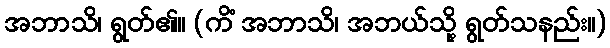
အဘာသိ၊ ရွတ်၏။ (ကိံ အဘာသိ၊ အဘယ်သို့ ရွတ်သနည်း။)